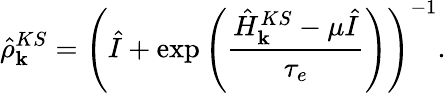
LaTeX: \hat{\rho}_{\mathbf k}^{KS}=\left(\hat{I}+\exp\left(\frac{\hat{H}_{\mathbf k}^{KS}-\mu\hat{I}}{\tau_{e}}\right)\right)^{-1}.